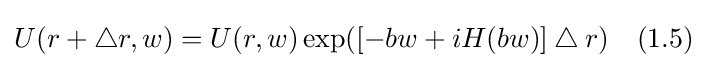
U(r+\bigtriangleup r,w)=U(r,w)\exp([-bw+iH(bw)]\bigtriangleup r)\quad (1.5)